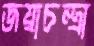
জয়াচন্দ্রা